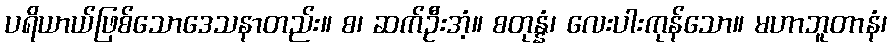
ပရိယာယ်ဖြစ်သောဒေသနာတည်း။ စ၊ ဆက်ဦးအံ့။ စတုန္နံ၊ လေးပါးကုန်သော။ မဟာဘူတာနံ၊